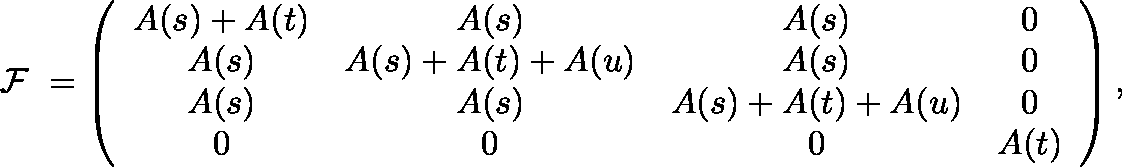
\mathrm { \boldmath ~ { \cal ~ F } ~ } = \left( \begin{array} { c c c c } { { A ( s ) + A ( t ) } } & { { A ( s ) } } & { { A ( s ) } } & { { 0 } } \\ { { A ( s ) } } & { { A ( s ) + A ( t ) + A ( u ) } } & { { A ( s ) } } & { { 0 } } \\ { { A ( s ) } } & { { A ( s ) } } & { { A ( s ) + A ( t ) + A ( u ) } } & { { 0 } } \\ { { 0 } } & { { 0 } } & { { 0 } } & { { A ( t ) } } \end{array} \right) ,